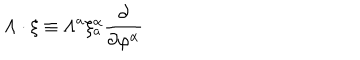
LaTeX: \Lambda \cdot \xi \equiv \Lambda ^ { a } \xi _ { a } ^ { \alpha } \frac { \partial } { \partial \varphi ^ { \alpha } }